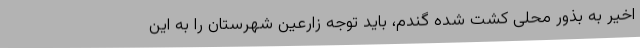
اخیر به بذور محلی کشت شده گندم، باید توجه زارعین شهرستان را به این